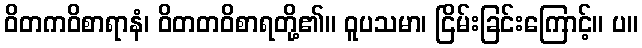
ဝိတကဝိစာရာနံ၊ ဝိတတဝိစာရတို့၏။ ဝူပသမာ၊ ငြိမ်းခြင်းကြောင့်။ ပ။